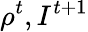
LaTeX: \rho^{t},I^{t+1}